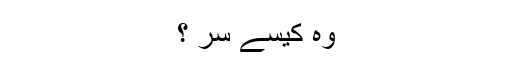
وہ کیسے سر ؟